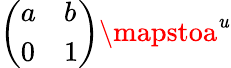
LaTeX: {\left(\begin{array}{ll}{a}&{b}\\ {0}&{1}\end{array}\right)}\mapstoa^{\mathit{u}}